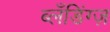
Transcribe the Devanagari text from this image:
ब्लँडिंग्ज़